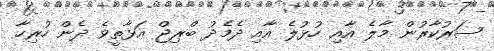
ސަރުކާރުން މާލެ އާއި ހުޅުލެ އާއި ދެމެދު ބްރިޖް އަޅާތީވެ ދެން ހުރިހާ